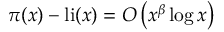
\pi ( x ) - \operatorname { l i } ( x ) = O \left( x ^ { \beta } \log x \right)